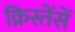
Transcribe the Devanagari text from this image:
क्रिस्तेंसें